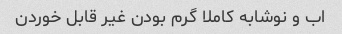
اب و نوشابه کاملا گرم بودن غیر قابل خوردن